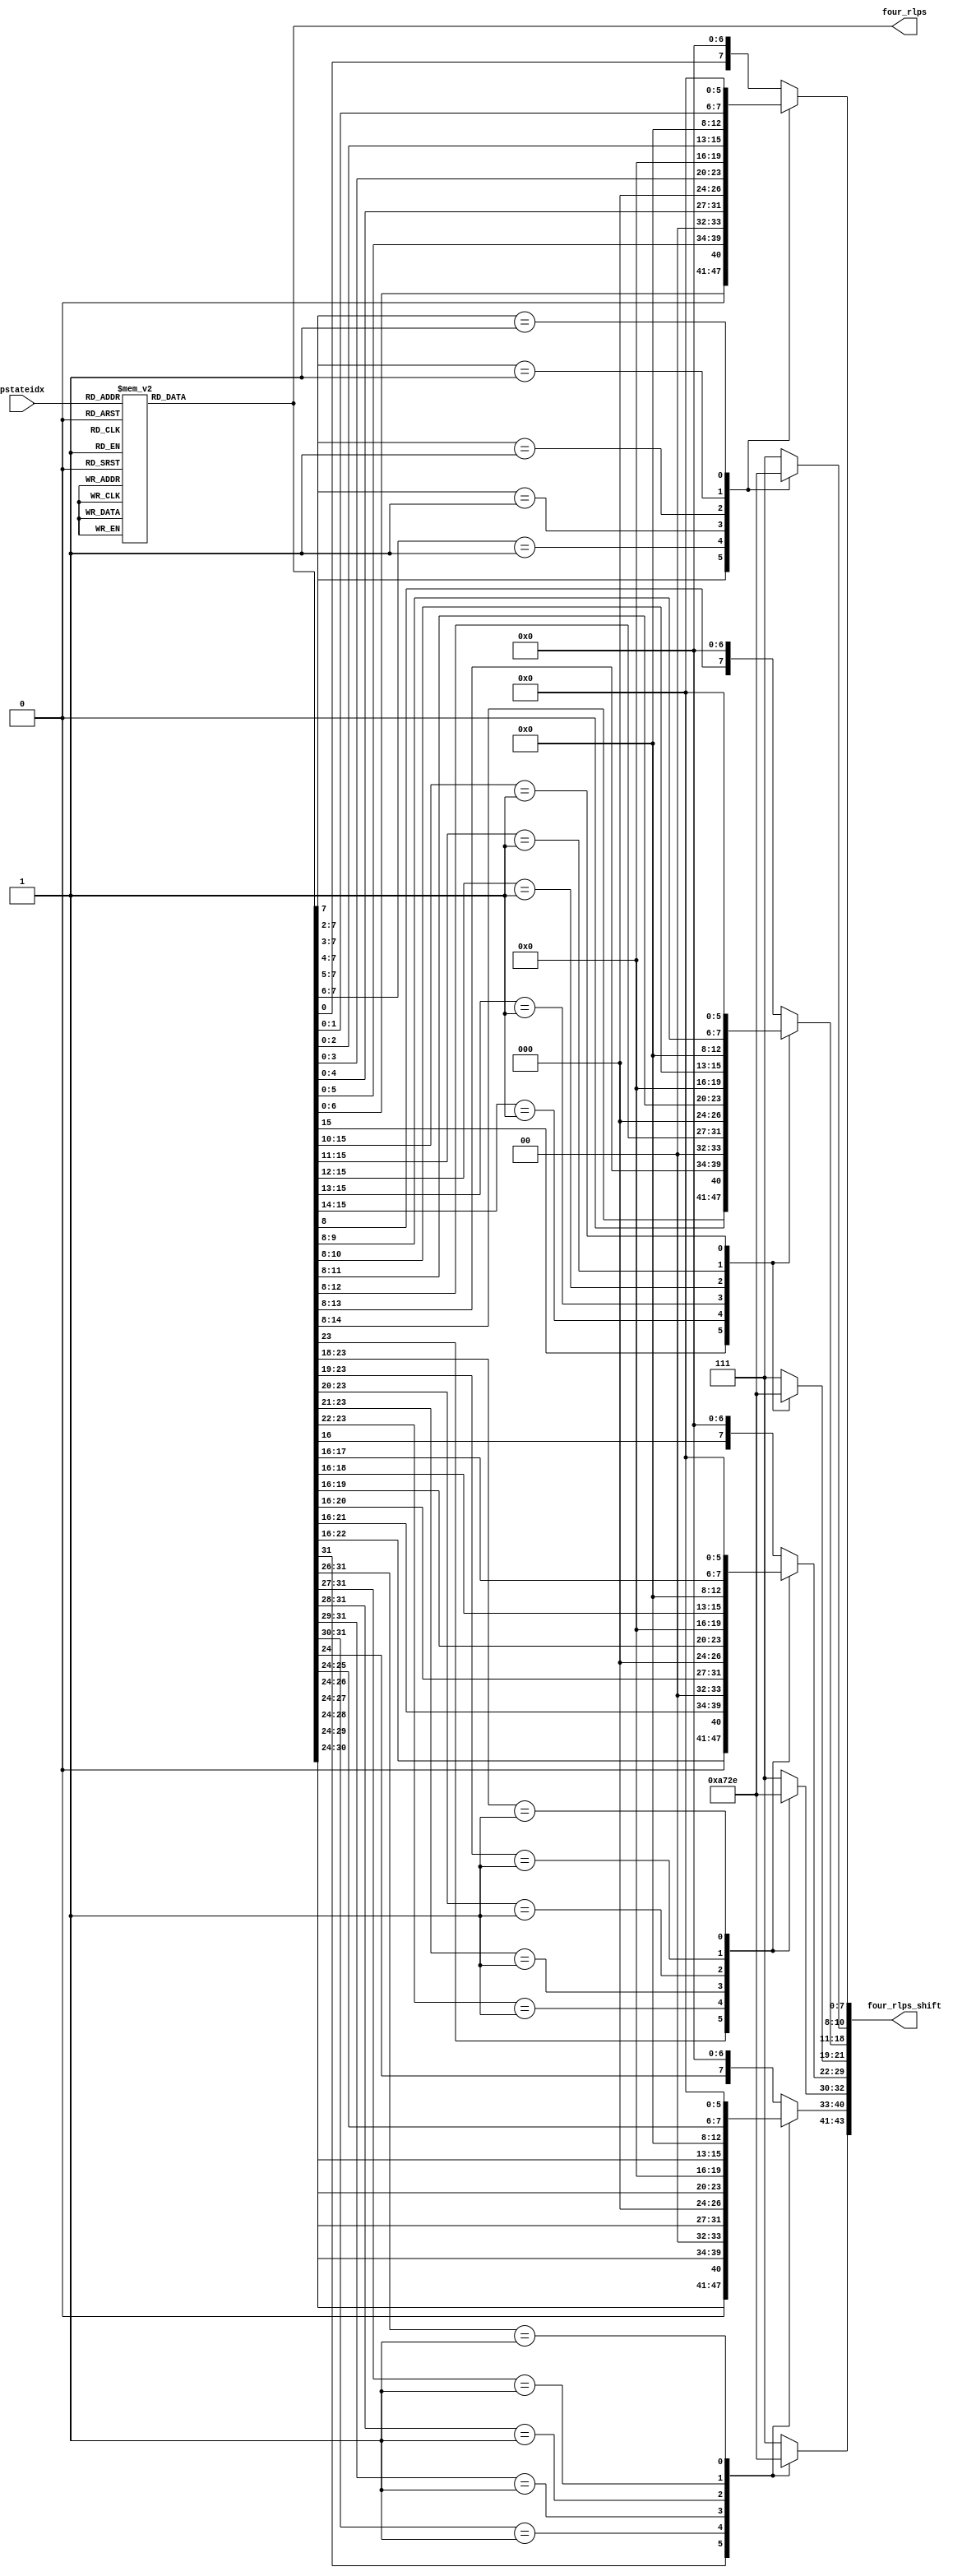
//-----------------------------------------------------------------------------------------------------------------------------
//
//  COPYRIGHT (C) 2011, VIPcore Group, Fudan University
//
//  THIS FILE MAY NOT BE MODIFIED OR REDISTRIBUTED WITHOUT THE
//  EXPRESSED WRITTEN CONSENT OF VIPcore Group
//
//  VIPcore       : http://soc.fudan.edu.cn/vip
//  IP Owner      : Yibo FAN
//  Contact       : fanyibo@fudan.edu.cn
//-----------------------------------------------------------------------------------------------------------------------------
// Description    : update range
// DATA & EDITION:  2017/12/26    from waseda
//                  2018/3/01   edit by liwei
// $Id$
//-----------------------------------------------------------------------------------------------------------------------------

module cabac_rlps4_1bin(
           pstateidx,
           four_rlps,
           four_rlps_shift
       );

//input and output signals //{
input       [5:0]   pstateidx;
output  wire[31:0]  four_rlps;
//[31:24]   rlps_0
//[23:16]   rlps_1
//[15:8]    rlps_2
//[7:0]     rlps_3
output  wire[43:0]  four_rlps_shift;
//[43:41]   shift_rlps_0 // shift left
//[40:33]   rlps_shift_0 // number of shift bits.
//[32:30]   shift_rlps_1
//[29:22]   rlps_shift_1
//[21:19]   shift_rlps_2
//[18:11]   rlps_shift_2
//[10:8]    shift_rlps_3
//[7:0]     rlps_shift_3
//}

//wire signal //{
reg     [31:0]  reg_four_rlps; // according to pstate_idx, get four rlps
wire    [7:0]   rlps_0;
wire    [7:0]   rlps_1;
wire    [7:0]   rlps_2;
wire    [7:0]   rlps_3;

reg     [2:0]   shift_rlps_0;
reg     [2:0]   shift_rlps_1;
reg     [2:0]   shift_rlps_2;
reg     [2:0]   shift_rlps_3;

reg     [7:0]   rlps_shift_0;
reg     [7:0]   rlps_shift_1;
reg     [7:0]   rlps_shift_2;
reg     [7:0]   rlps_shift_3;
//}

//wire logic //{
always @(*) //reg_four_rlps
begin
    reg_four_rlps = 32'h02020202; // get four rlps
    case (pstateidx)
        6'h0 :
        begin
            reg_four_rlps = 32'h80B0D0F0; //128, 176, 208, 240
        end
        6'h1 :
        begin
            reg_four_rlps = 32'h80A7C5E3;
        end
        6'h2 :
        begin
            reg_four_rlps = 32'h809EBBD8;
        end
        6'h3 :
        begin
            reg_four_rlps = 32'h7B96B2CD;
        end
        6'h4 :
        begin
            reg_four_rlps = 32'h748EA9C3;
        end
        6'h5 :
        begin
            reg_four_rlps = 32'h6F87A0B9;
        end
        6'h6 :
        begin
            reg_four_rlps = 32'h698098AF;
        end
        6'h7 :
        begin
            reg_four_rlps = 32'h647A90A6;
        end
        6'h8 :
        begin
            reg_four_rlps = 32'h5F74899E;
        end
        6'h9 :
        begin
            reg_four_rlps = 32'h5A6E8296;
        end
        6'hA :
        begin
            reg_four_rlps = 32'h55687B8E;
        end
        6'hB :
        begin
            reg_four_rlps = 32'h51637587;
        end
        6'hC :
        begin
            reg_four_rlps = 32'h4D5E6F80;
        end
        6'hD :
        begin
            reg_four_rlps = 32'h4959697A;
        end
        6'hE :
        begin
            reg_four_rlps = 32'h45556474;
        end
        6'hF :
        begin
            reg_four_rlps = 32'h42505F6E;
        end
        6'h10 :
        begin
            reg_four_rlps = 32'h3E4C5A68;
        end
        6'h11 :
        begin
            reg_four_rlps = 32'h3B485663;
        end
        6'h12 :
        begin
            reg_four_rlps = 32'h3845515E;
        end
        6'h13 :
        begin
            reg_four_rlps = 32'h35414D59;
        end
        6'h14 :
        begin
            reg_four_rlps = 32'h333E4955;
        end
        6'h15 :
        begin
            reg_four_rlps = 32'h303B4550;
        end
        6'h16 :
        begin
            reg_four_rlps = 32'h2E38424C;
        end
        6'h17 :
        begin
            reg_four_rlps = 32'h2B353F48;
        end
        6'h18 :
        begin
            reg_four_rlps = 32'h29323B45;
        end
        6'h19 :
        begin
            reg_four_rlps = 32'h27303841;
        end
        6'h1A :
        begin
            reg_four_rlps = 32'h252D363E;
        end
        6'h1B :
        begin
            reg_four_rlps = 32'h232B333B;
        end
        6'h1C :
        begin
            reg_four_rlps = 32'h21293038;
        end
        6'h1D :
        begin
            reg_four_rlps = 32'h20272E35;
        end
        6'h1E :
        begin
            reg_four_rlps = 32'h1E252B32;
        end
        6'h1F :
        begin
            reg_four_rlps = 32'h1D232930;
        end
        6'h20 :
        begin
            reg_four_rlps = 32'h1B21272D;
        end
        6'h21 :
        begin
            reg_four_rlps = 32'h1A1F252B;
        end
        6'h22 :
        begin
            reg_four_rlps = 32'h181E2329;
        end
        6'h23 :
        begin
            reg_four_rlps = 32'h171C2127;
        end
        6'h24 :
        begin
            reg_four_rlps = 32'h161B2025;
        end
        6'h25 :
        begin
            reg_four_rlps = 32'h151A1E23;
        end
        6'h26 :
        begin
            reg_four_rlps = 32'h14181D21;
        end
        6'h27 :
        begin
            reg_four_rlps = 32'h13171B1F;
        end
        6'h28 :
        begin
            reg_four_rlps = 32'h12161A1E;
        end
        6'h29 :
        begin
            reg_four_rlps = 32'h1115191C;
        end
        6'h2A :
        begin
            reg_four_rlps = 32'h1014171B;
        end
        6'h2B :
        begin
            reg_four_rlps = 32'h0F131619;
        end
        6'h2C :
        begin
            reg_four_rlps = 32'h0E121518;
        end
        6'h2D :
        begin
            reg_four_rlps = 32'h0E111417;
        end
        6'h2E :
        begin
            reg_four_rlps = 32'h0D101316;
        end
        6'h2F :
        begin
            reg_four_rlps = 32'h0C0F1215;
        end
        6'h30 :
        begin
            reg_four_rlps = 32'h0C0E1114;
        end
        6'h31 :
        begin
            reg_four_rlps = 32'h0B0E1013;
        end
        6'h32 :
        begin
            reg_four_rlps = 32'h0B0D0F12;
        end
        6'h33 :
        begin
            reg_four_rlps = 32'h0A0C0F11;
        end
        6'h34 :
        begin
            reg_four_rlps = 32'h0A0C0E10;
        end
        6'h35 :
        begin
            reg_four_rlps = 32'h090B0D0F;
        end
        6'h36 :
        begin
            reg_four_rlps = 32'h090B0C0E;
        end
        6'h37 :
        begin
            reg_four_rlps = 32'h080A0C0E;
        end
        6'h38 :
        begin
            reg_four_rlps = 32'h08090B0D;
        end
        6'h39 :
        begin
            reg_four_rlps = 32'h07090B0C;
        end
        6'h3A :
        begin
            reg_four_rlps = 32'h07090A0C;
        end
        6'h3B :
        begin
            reg_four_rlps = 32'h07080A0B;
        end
        6'h3C :
        begin
            reg_four_rlps = 32'h0608090B;
        end
        6'h3D :
        begin
            reg_four_rlps = 32'h0607090A;
        end
        6'h3E :
        begin
            reg_four_rlps = 32'h06070809;
        end
        default:
            reg_four_rlps = 32'h02020202;
    endcase
end

assign rlps_0       =   reg_four_rlps[31:24];
assign rlps_1       =   reg_four_rlps[23:16];
assign rlps_2       =   reg_four_rlps[15:8];
assign rlps_3       =   reg_four_rlps[7:0];

always @(*) //shift_rlps_0, rlps_shift_0
begin
    rlps_shift_0 = {rlps_0[0],7'b0};
    shift_rlps_0 = 3'd7;
    casex (rlps_0)
        8'b1xxxxxxx :
        begin
            rlps_shift_0 = {rlps_0[6:0],1'b0};
            shift_rlps_0 = 3'd1;
        end
        8'b01xxxxxx :
        begin
            rlps_shift_0 = {rlps_0[5:0],2'b0};
            shift_rlps_0 = 3'd2;
        end
        8'b001xxxxx :
        begin
            rlps_shift_0 = {rlps_0[4:0],3'b0};
            shift_rlps_0 = 3'd3;
        end
        8'b0001xxxx :
        begin
            rlps_shift_0 = {rlps_0[3:0],4'b0};
            shift_rlps_0 = 3'd4;
        end
        8'b00001xxx :
        begin
            rlps_shift_0 = {rlps_0[2:0],5'b0};
            shift_rlps_0 = 3'd5;
        end
        8'b000001xx :
        begin
            rlps_shift_0 = {rlps_0[1:0],6'b0};
            shift_rlps_0 = 3'd6;
        end
        default:
        begin
            rlps_shift_0 = {rlps_0[0],7'b0};
            shift_rlps_0 = 3'd7;
        end
    endcase
end

always @(*) //shift_rlps_1, rlps_shift_1
begin
    rlps_shift_1 = {rlps_1[0],7'b0};
    shift_rlps_1 = 3'd7;
    casex (rlps_1)
        8'b1xxxxxxx :
        begin
            rlps_shift_1 = {rlps_1[6:0],1'b0};
            shift_rlps_1 = 3'd1;
        end
        8'b01xxxxxx :
        begin
            rlps_shift_1 = {rlps_1[5:0],2'b0};
            shift_rlps_1 = 3'd2;
        end
        8'b001xxxxx :
        begin
            rlps_shift_1 = {rlps_1[4:0],3'b0};
            shift_rlps_1 = 3'd3;
        end
        8'b0001xxxx :
        begin
            rlps_shift_1 = {rlps_1[3:0],4'b0};
            shift_rlps_1 = 3'd4;
        end
        8'b00001xxx :
        begin
            rlps_shift_1 = {rlps_1[2:0],5'b0};
            shift_rlps_1 = 3'd5;
        end
        8'b000001xx :
        begin
            rlps_shift_1 = {rlps_1[1:0],6'b0};
            shift_rlps_1 = 3'd6;
        end
        default:
        begin
            rlps_shift_1 = {rlps_1[0],7'b0};
            shift_rlps_1 = 3'd7;
        end
    endcase
end

always @(*) //shift_rlps_2, rlps_shift_2
begin
    rlps_shift_2 = {rlps_2[0],7'b0};
    shift_rlps_2 = 3'd7;
    casex (rlps_2)
        8'b1xxxxxxx :
        begin
            rlps_shift_2 = {rlps_2[6:0],1'b0};
            shift_rlps_2 = 3'd1;
        end
        8'b01xxxxxx :
        begin
            rlps_shift_2 = {rlps_2[5:0],2'b0};
            shift_rlps_2 = 3'd2;
        end
        8'b001xxxxx :
        begin
            rlps_shift_2 = {rlps_2[4:0],3'b0};
            shift_rlps_2 = 3'd3;
        end
        8'b0001xxxx :
        begin
            rlps_shift_2 = {rlps_2[3:0],4'b0};
            shift_rlps_2 = 3'd4;
        end
        8'b00001xxx :
        begin
            rlps_shift_2 = {rlps_2[2:0],5'b0};
            shift_rlps_2 = 3'd5;
        end
        8'b000001xx :
        begin
            rlps_shift_2 = {rlps_2[1:0],6'b0};
            shift_rlps_2 = 3'd6;
        end
        default:
        begin
            rlps_shift_2 = {rlps_2[0],7'b0};
            shift_rlps_2 = 3'd7;
        end
    endcase
end

always @(*) //shift_rlps_3, rlps_shift_3
begin
    rlps_shift_3 = {rlps_3[0],7'b0};
    shift_rlps_3 = 3'd7;
    casex (rlps_3)
        8'b1xxxxxxx :
        begin
            rlps_shift_3 = {rlps_3[6:0],1'b0};
            shift_rlps_3 = 3'd1;
        end
        8'b01xxxxxx :
        begin
            rlps_shift_3 = {rlps_3[5:0],2'b0};
            shift_rlps_3 = 3'd2;
        end
        8'b001xxxxx :
        begin
            rlps_shift_3 = {rlps_3[4:0],3'b0};
            shift_rlps_3 = 3'd3;
        end
        8'b0001xxxx :
        begin
            rlps_shift_3 = {rlps_3[3:0],4'b0};
            shift_rlps_3 = 3'd4;
        end
        8'b00001xxx :
        begin
            rlps_shift_3 = {rlps_3[2:0],5'b0};
            shift_rlps_3 = 3'd5;
        end
        8'b000001xx :
        begin
            rlps_shift_3 = {rlps_3[1:0],6'b0};
            shift_rlps_3 = 3'd6;
        end
        default:
        begin
            rlps_shift_3 = {rlps_3[0],7'b0};
            shift_rlps_3 = 3'd7;
        end
    endcase
end

assign four_rlps        =   reg_four_rlps;
assign four_rlps_shift  =   {shift_rlps_0, rlps_shift_0, shift_rlps_1, rlps_shift_1, shift_rlps_2, rlps_shift_2, shift_rlps_3, rlps_shift_3};
//}

endmodule